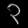
Digit: ၃